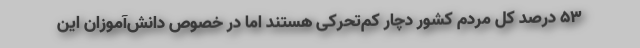
۵۳ درصد کل مردم کشور دچار کم‌تحرکی هستند اما در خصوص دانش‌آموزان این